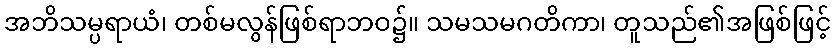
အဘိသမ္ပရာယံ၊ တစ်မလွန်ဖြစ်ရာဘဝ၌။ သမသမဂတိကာ၊ တူသည်၏အဖြစ်ဖြင့်